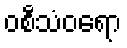
ဝစီသံဝရော